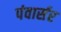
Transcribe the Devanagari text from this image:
पंवार्सर